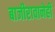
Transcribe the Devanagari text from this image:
बाजीरावानेही